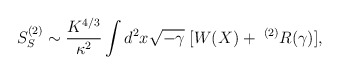
\begin{align*}S_{S}^{(2)}\sim\frac{K^{4/3}}{\kappa^2}\int d^2 x\sqrt{-\gamma}\;[ W(X)+ \; ^{(2)}R(\gamma)],\end{align*}